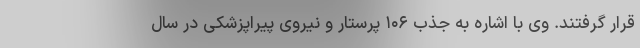
قرار گرفتند. وی با اشاره به جذب ۱۰۶ پرستار و نیروی پیراپزشکی در سال